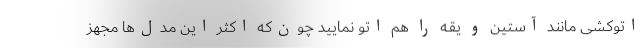
اتوکشی مانند آستین و یقه را هم اتو نمایید چون‌که اکثر این مدل‌ها مجهز